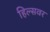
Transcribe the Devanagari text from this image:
हिल्सवर